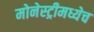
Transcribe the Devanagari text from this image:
मोनेस्ट्रीमध्येच